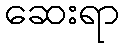
ဆေးရာ